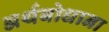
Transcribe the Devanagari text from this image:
अर्थबोधाना